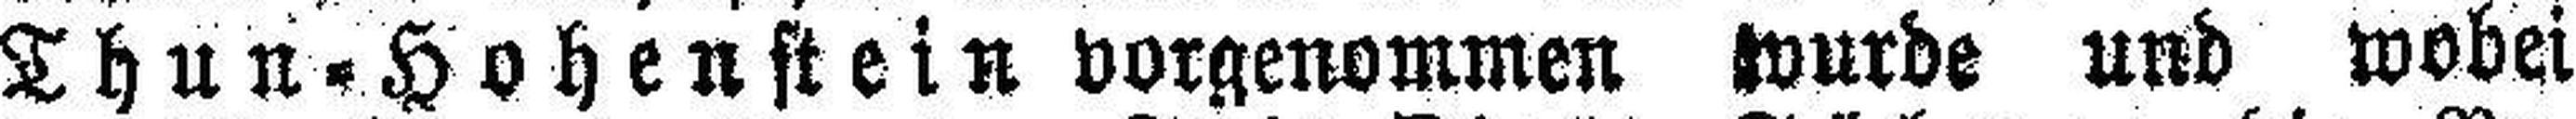
Thun=Hohenstein vorgenommen wurde und wobei